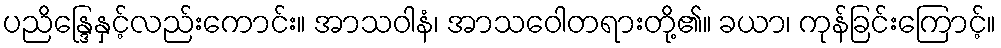
ပညိန္ဒြေနှင့်လည်းကောင်း။ အာသဝါနံ၊ အာသဝေါတရားတို့၏။ ခယာ၊ ကုန်ခြင်းကြောင့်။